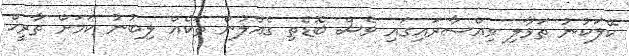
ކޭލަކުނު ތަޅާލި ވިއްސާރައިގައި ވެސް ބޮޑެތި ގެއްލުން ތަކެއް ލިބުނު ކަމަށް ތާރީޚް